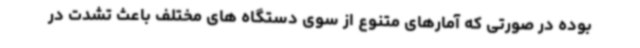
بوده در صورتی که آمارهای متنوع از سوی دستگاه های مختلف باعث تشدت در